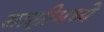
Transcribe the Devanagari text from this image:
साक्षीमध्ये